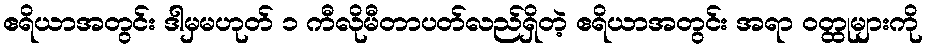
ဧရိယာအတွင်း ဒါမှမဟုတ် ၁ ကီလိုမီတာပတ်လည်ရှိတဲ့ ဧရိယာအတွင်း အရာ ဝတ္ထုများကို